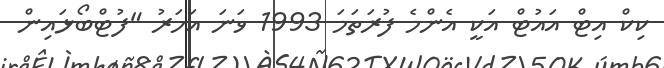
ކިކް އިޓް އައުޓް އަކީ އެންމެ ފުރަތަމަ 1993 ވަނަ އަހަރު "ފުޓްބޯޅައިން